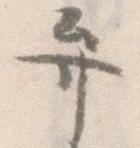
弁